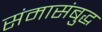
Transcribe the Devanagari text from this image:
संमासंबुद्ध